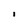
Character: i